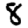
Digit: 8